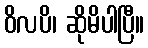
ဝိလပိ၊ ဆိုမိပါပြီ။